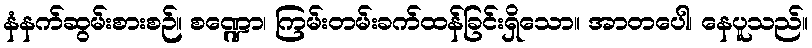
နံနက်ဆွမ်းစားစဉ်။ စဏ္ဍော၊ ကြမ်းတမ်းခက်ထန်ခြင်းရှိသော။ အာတပေါ၊ နေပူသည်။